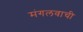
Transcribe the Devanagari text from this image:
मंगलवाची